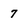
Character: 7